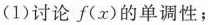
(1)讨论f(x)的单调性；